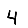
Digit: 4